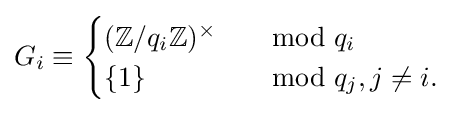
G_{i}\equiv {\begin{cases}(\mathbb {Z} /q_{i}\mathbb {Z} )^{\times }&\mod q_{i}\\\{1\}&\mod q_{j},j\neq i.\end{cases}}